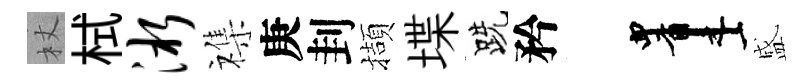
杖栻淅襍庚刲擷堞跣矜画盛